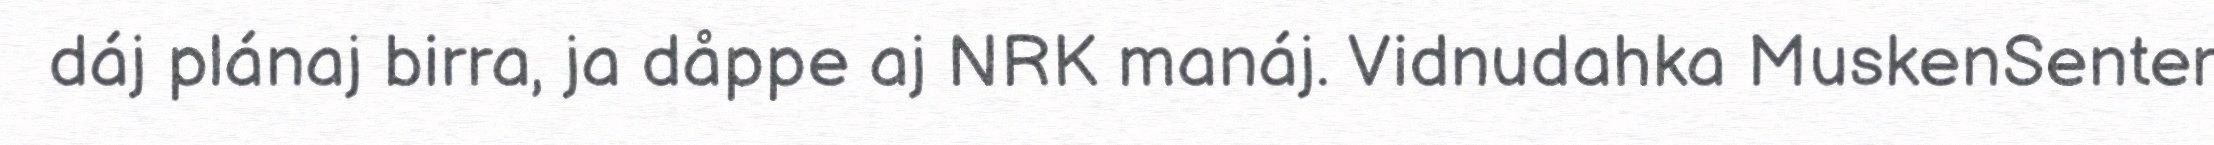
dáj plánaj birra, ja dåppe aj NRK manáj. Vidnudahka MuskenSenter